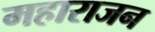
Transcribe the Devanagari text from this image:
महाराजन